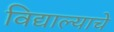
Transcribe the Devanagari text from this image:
विद्याल्याचे